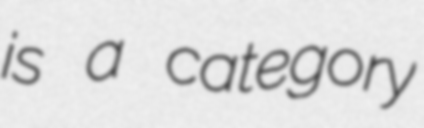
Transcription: is a category